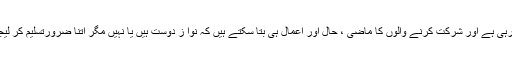
یہ ایک پرانی لڑائی ہے جو اب بھی لڑی جا رہی ہے اور شرکت کرنے والوں کا ماضی ، حال اور اعمال ہی بتا سکتے ہیں کہ نوا ز دوست ہیں یا نہیں مگر اتنا ضرورتسلیم کر لیجئے کہ وہ بہرحال جمہوریت دشمن نہیں ہیں۔